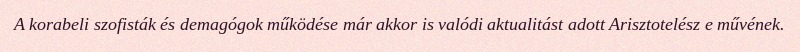
A korabeli szofisták és demagógok működése már akkor is valódi aktualitást adott Arisztotelész e művének.